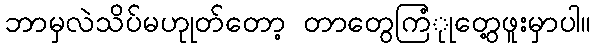
ဘာမှလဲသိပ်မဟုုတ်တော့ တာတွေကြံုုတွေ့ဖူးမှာပါ။